NAE_ERA_R-1590_ENSV_Riiklik_Televisiooni-_ja_Raadiokomitee, lk 3
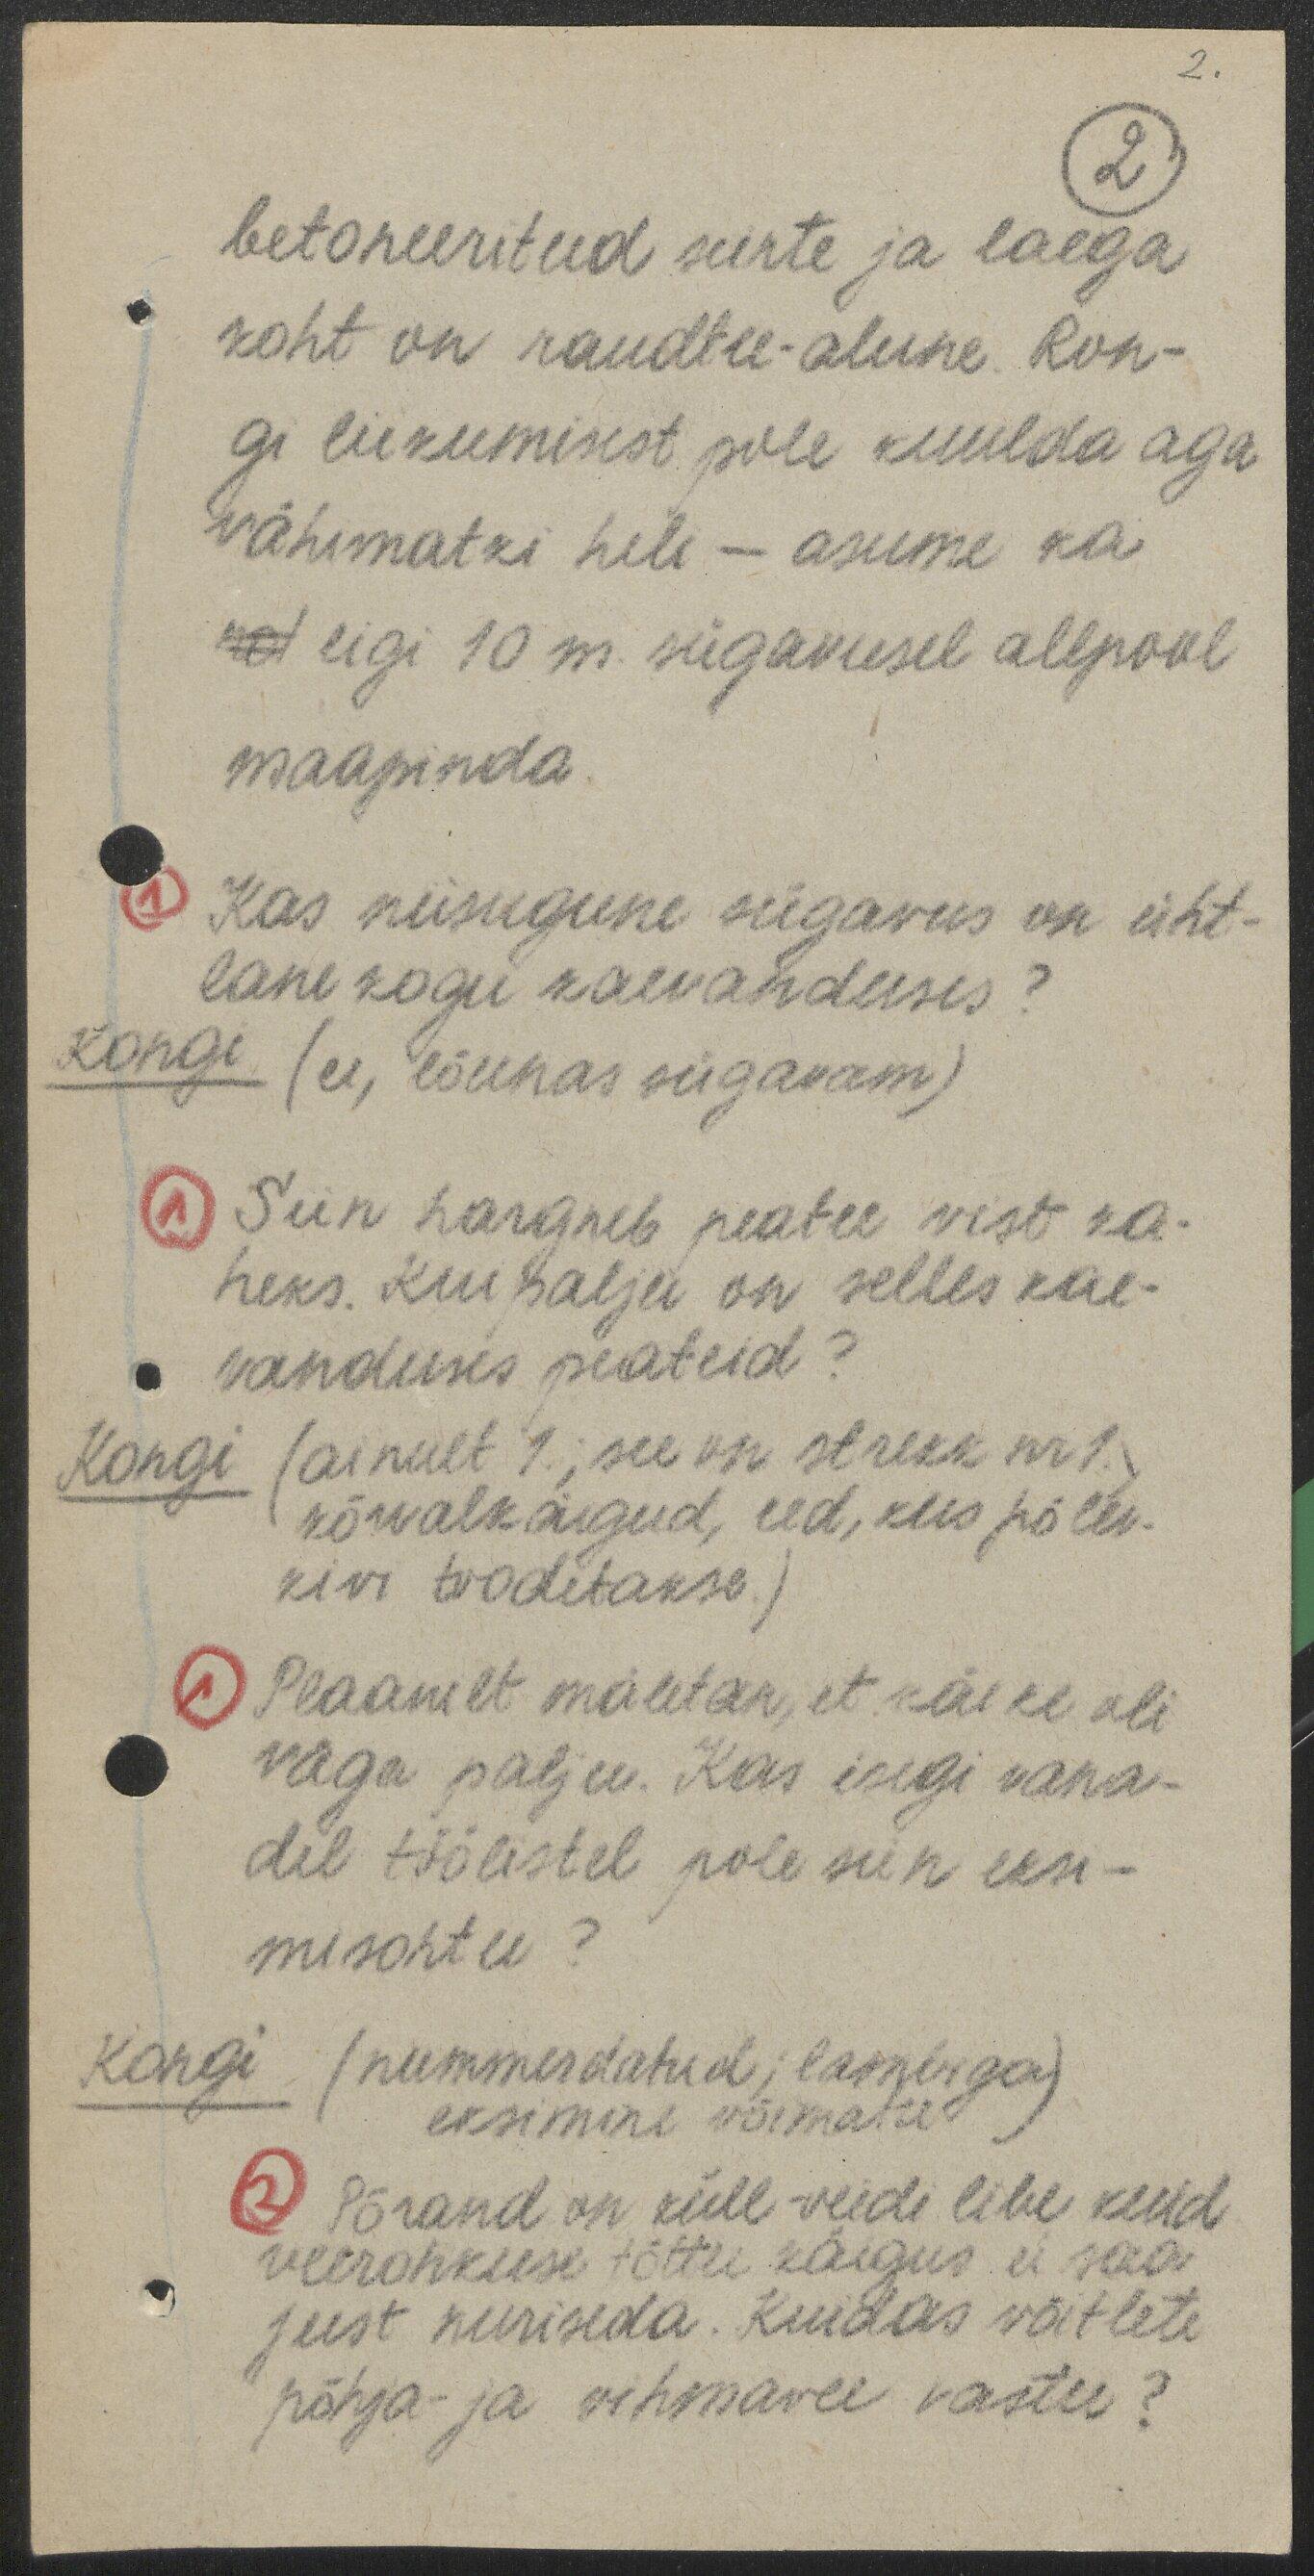
2.
2
betoneeritud seinte ja laega
koht on raudtee-alune. Ron-
gi liikumisest pole kuulda aga
vähimatki heli - asume ka
rd ligi 10 m. sügavusel allpool
maapinda.
1 Kas niisugune sügavus on üht-
lane kogu kaevanduses?
Kongi (ei, lõunas sügavam)
1 Siin hargneb peatee vist ka-
heks. Kui palju on selles kae-
vanduses peateid?
Kongi (ainult 1.; see on strekk nr 1.,
kõrvalkäigud, eed, kus põlev-
kivi toodetakse.)
1 Plaanilt mäletan, et käike oli
väga palju. Kas isegi vana-
del töölistel pole siin eksi-
misohtu?
Kongi (nummerdatud; lambiga)
eksimine võimatu
2 Põrand on küll veidi libe kuid
veerohkuse tõttu käigus ei saa
just nuriseda. Kuidas võitlete
põhja- ja vihmavee vastu?